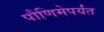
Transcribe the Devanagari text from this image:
पौणिमेपर्यंत